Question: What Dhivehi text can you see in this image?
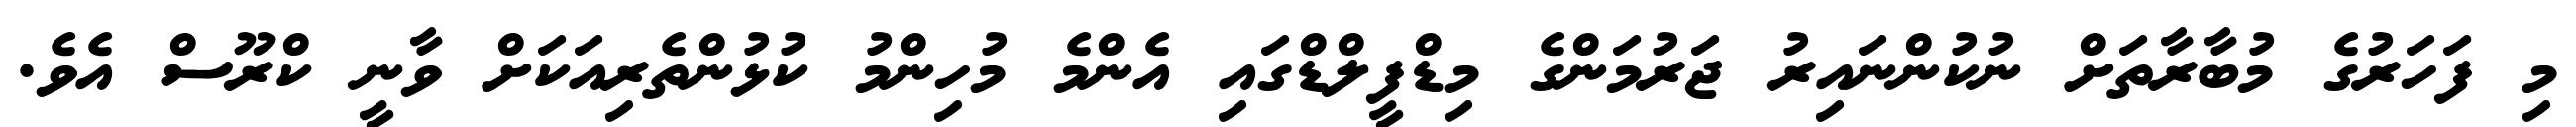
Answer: މި ފަހަރުގެ މުބާރާތަށް ނުކުންނައިރު ޖަރުމަންގެ މިޑްފީލްޑްގައި އެންމެ މުހިންމު ކުޅުންތެރިއަކަށް ވާނީ ކްރޫސް އެވެ.